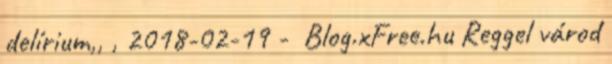
delírium,, , 2018-02-19 - Blog.xFree.hu Reggel várod